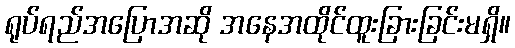
ရုပ်ရည်အပြောအဆို အနေအထိုင်ထူးခြားခြင်းမရှိ။